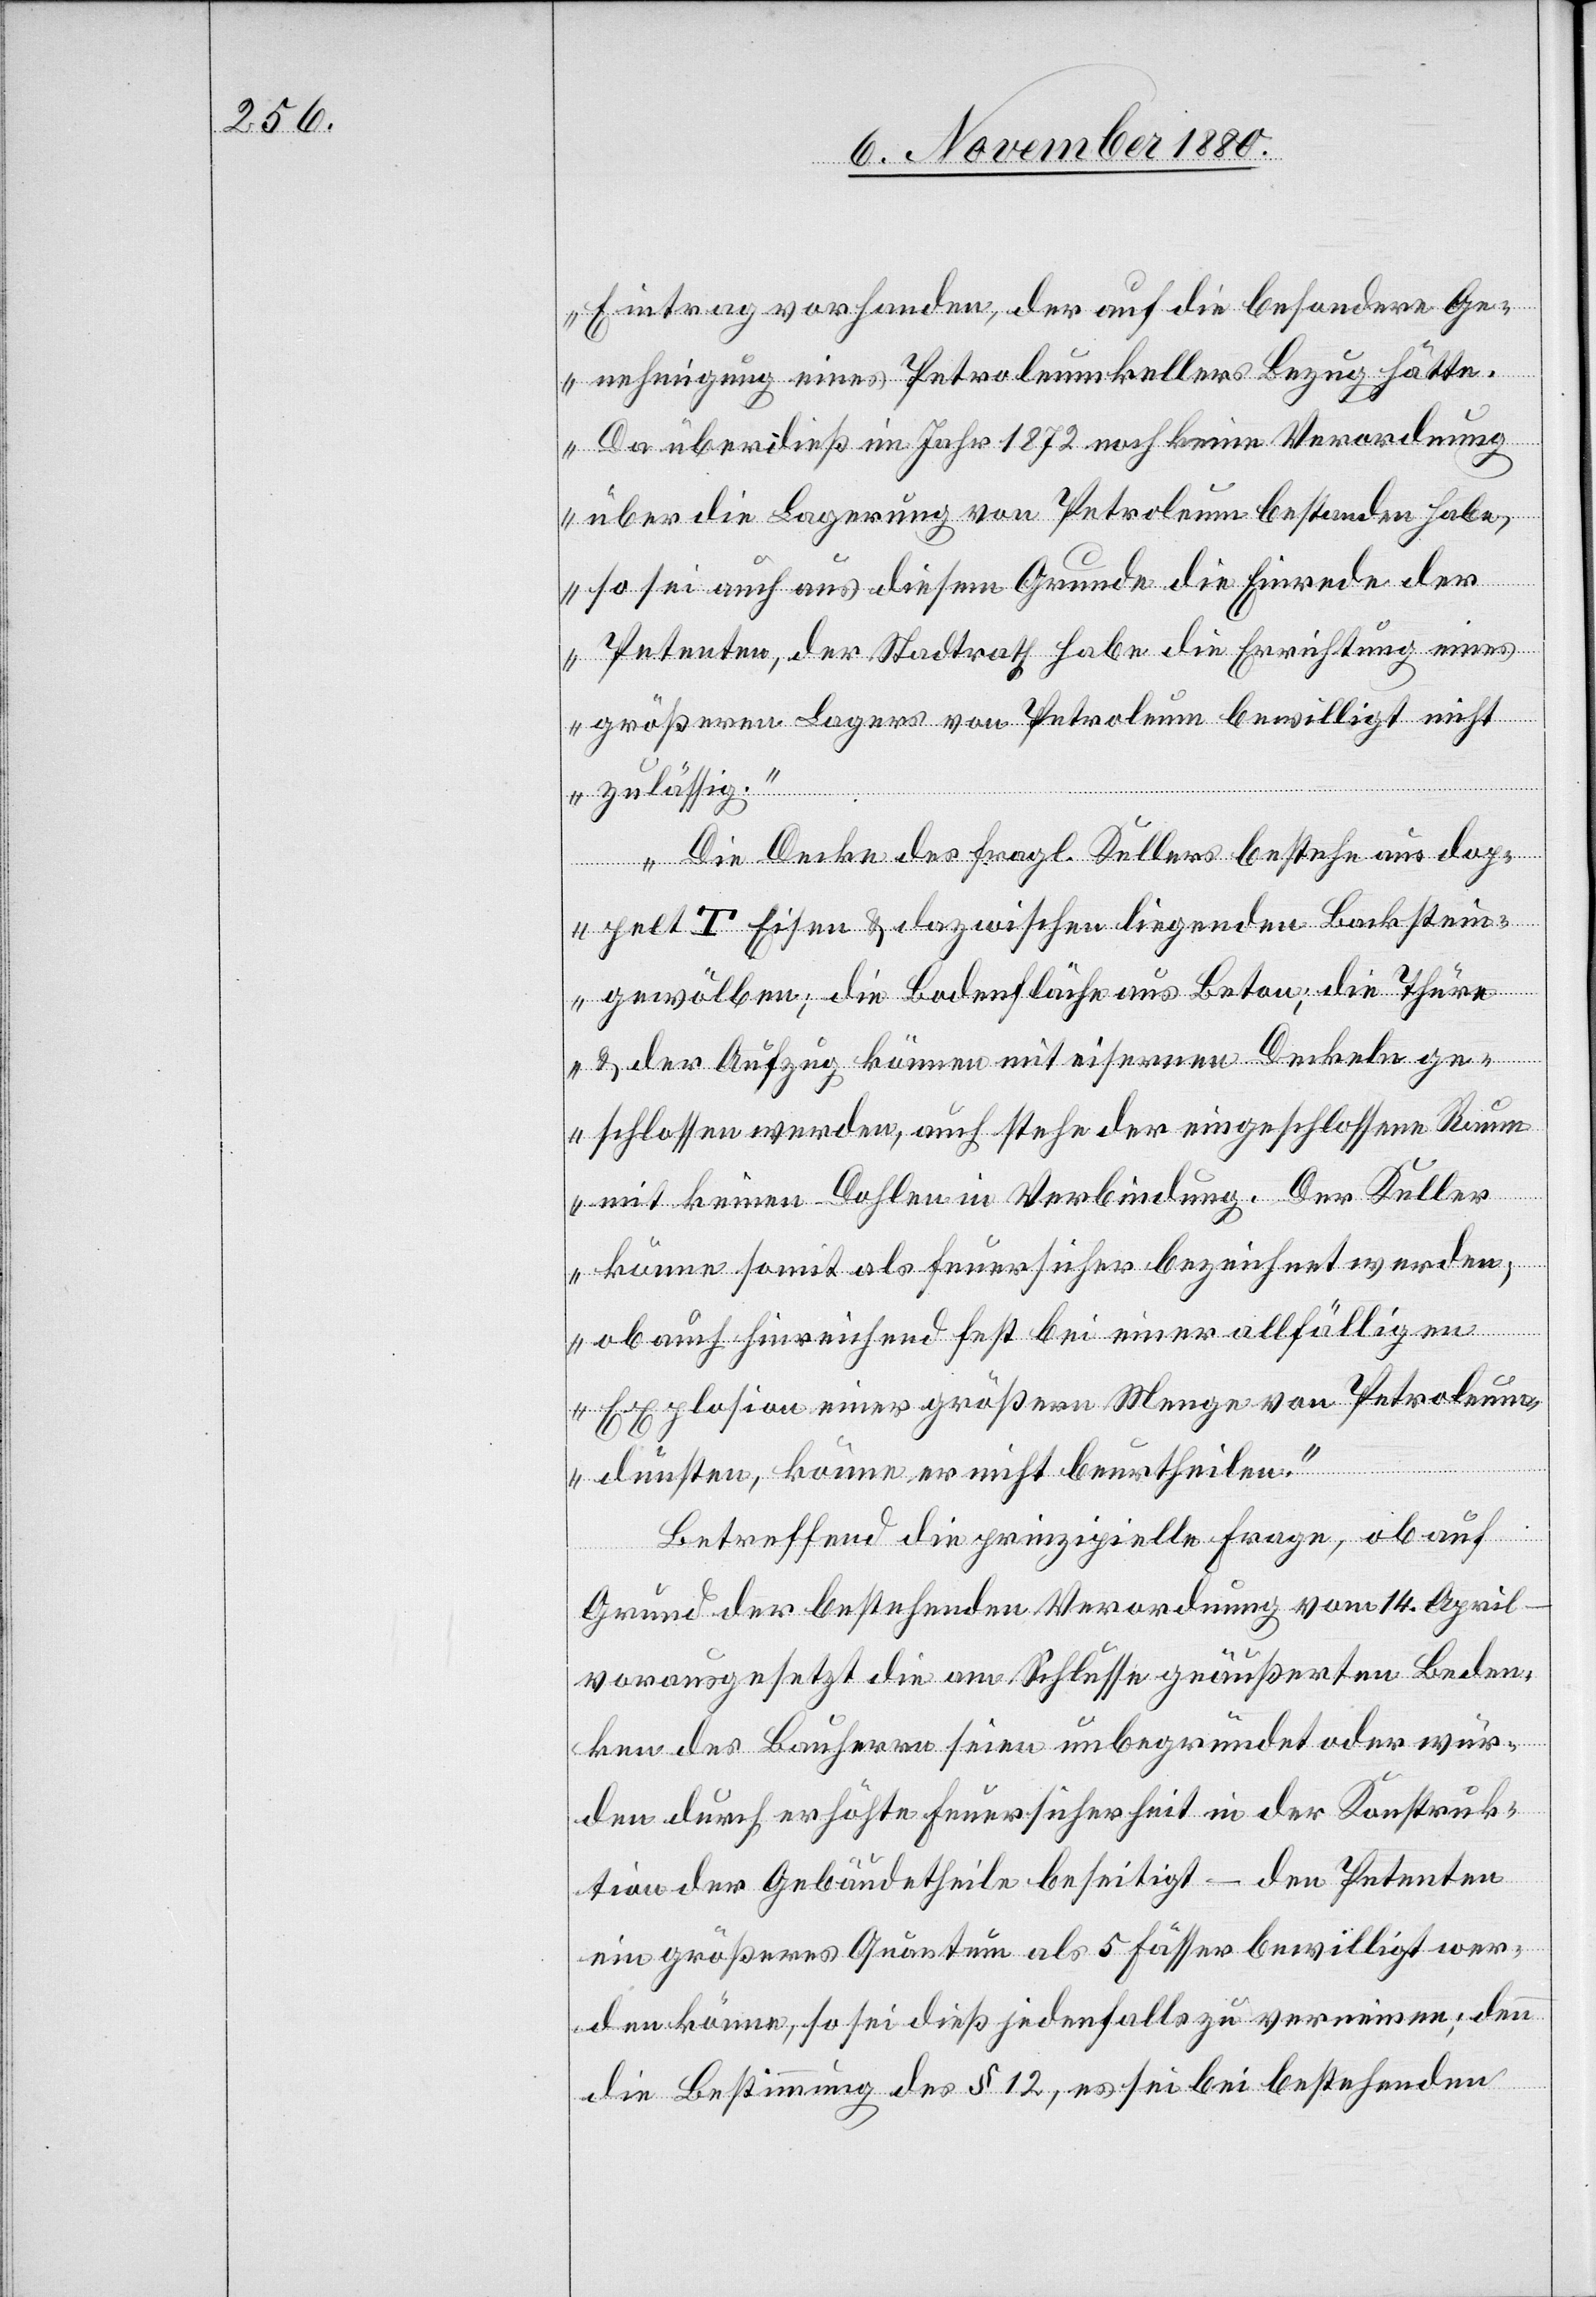
Eintrag vorhanden, der auf die besondere Ge¬
nehmigung eines Petroleumkellers Bezug hätte.
Da überdieß im Jahr 1872 noch keine Verordnung
über die Lagerung von Petroleum bestanden habe,
so sei auch aus diesem Grunde die Einrede der
Petenten, der Stadtrath habe die Errichtung eines
größeren Lagers von Petroleum bewilligt nicht
zulässig.
Die Decke des fragl. Kellers betrage aus dop¬
pelt T Eisen & dazwischen liegenden Backstein¬
gewölben; die Bodenfläche aus Beton; die Thüre
& der Aufzug können mit eisernen Deckeln ge¬
schlossen werden, auch stehe der eingeschlossene Raum
mit keinen Dohlen in Verbindung. der Keller
könne somit als feuersicher bezeichnet werden;
ob auch hinreichend fest bei einer allfälligen
Explosion einer größeren Menge von Petroleum¬
dunstes, könne er nicht beurtheilen.“
Betreffend die prinzipielle Frage, ob auf
Grund der bestehenden Verordnung vom 14. April
–vorausgesetzt die am Schlusse geäußerten Beden¬
ken des Bauherrn seien unbegründet oder wür¬
den durch erhöhte Feuersicherheit in der Konstruk¬
tion der Gebäudetheile beseitigt – den Petenten
ein größeres Quantum als 5 Fässer bewilligt wer¬
den könne, so sei dieß jedenfalls zu verneinen; denn
die Bestimmung des § 12, es sei bei bestehenden